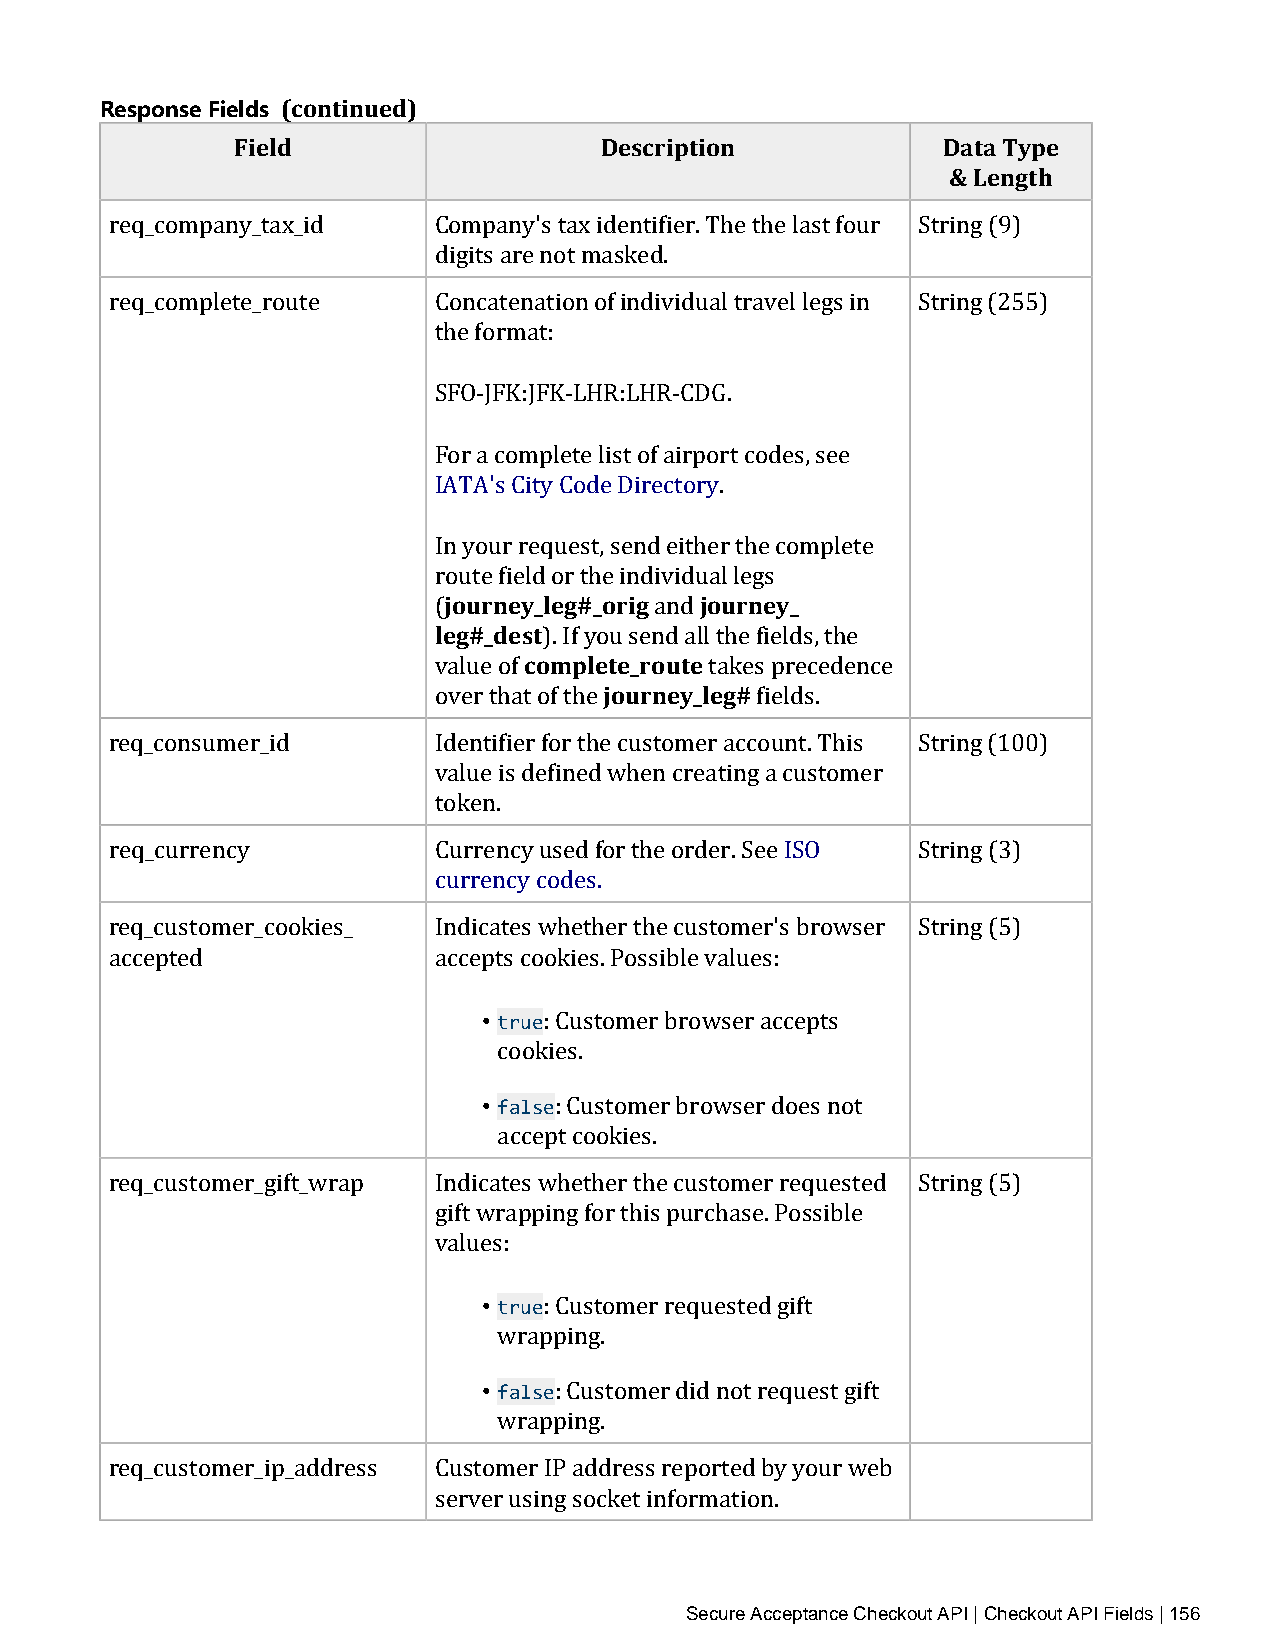
Response Fields (continued)
 Field                   Description           Data Type
 & Length
 req_company_tax_id    Company's tax identifier. The the last four String (9)
 digits are not masked.
 req_complete_route    Concatenation of individual travel legs in String (255)
 the format:
 SFO‑JFK:JFK‑LHR:LHR‑CDG.
 For a complete list of airport codes, see
 IATA's City Code Directory.
 Injo yuorunre rye_qleuge#st_,o sreingd eithjoeru trhnee cyo_ mplete
 rleogu#te_ dfieesldt or the individual legs
 (     complete_r oaundte
 ). If yojuo usernnde ya_llle tgh#e fields, the
 value of          takes precedence
 over that of the     fields.
 req_consumer_id       Identifier for the customer account. This String (100)
 value is defined when creating a customer
 token.
 req_currency          Currency used for the order. See ISO String (3)
 currency codes.
 req_customer_cookies_ Indicates whether the customer's browser String (5)
 accepted              accepts cookies. Possible values:
 • true
 : Customer browser accepts
 • cfoaloskeies.
 : Customer browser does not
 accept cookies.
 req_customer_gift_wrap Indicates whether the customer requested String (5)
 gift wrapping for this purchase. Possible
 values:
 • true
 : Customer requested gift
 • wfarlaspeping.
 : Customer did not request gift
 wrapping.
 req_customer_ip_address Customer IP address reported by your web
 server using socket information.
 Secure Acceptance Checkout API | Checkout API Fields | 156